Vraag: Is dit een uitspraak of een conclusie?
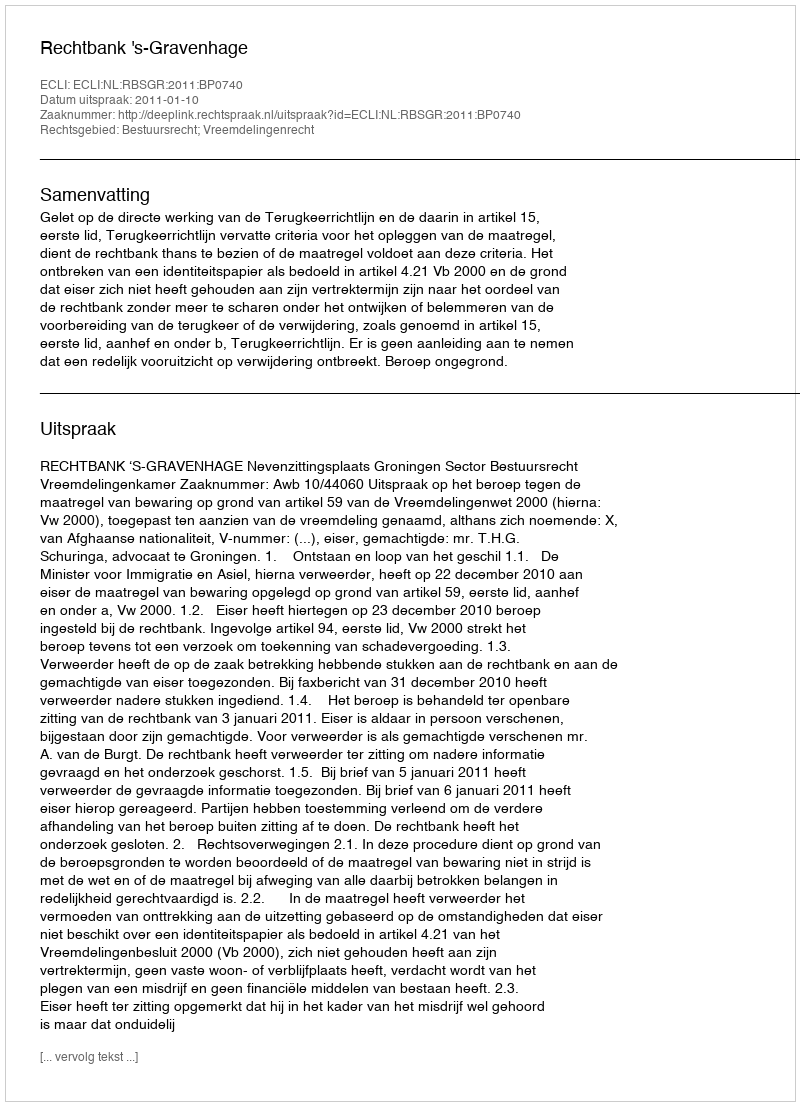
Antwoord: Uitspraak